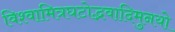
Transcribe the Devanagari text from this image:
विश्वामित्रघटोद्भवादिमुनयो